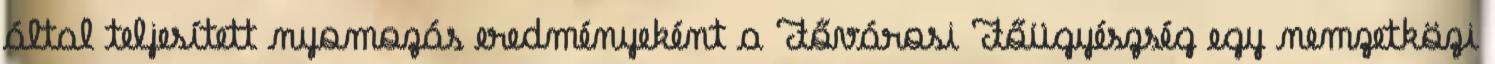
által teljesített nyomozás eredményeként a Fővárosi Főügyészség egy nemzetközi